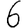
Digit: 6